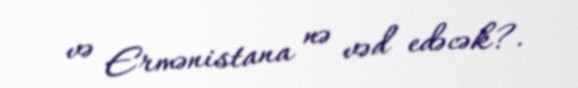
və Ermənistana nə vəd edəcək?.